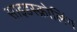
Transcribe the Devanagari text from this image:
साइडस्क्रोलिंग